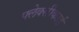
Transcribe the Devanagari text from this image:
फ्लेक्सीकार्ड